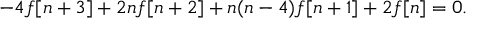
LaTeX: - 4 f [ n + 3 ] + 2 n f [ n + 2 ] + n ( n - 4 ) f [ n + 1 ] + 2 f [ n ] = 0 .